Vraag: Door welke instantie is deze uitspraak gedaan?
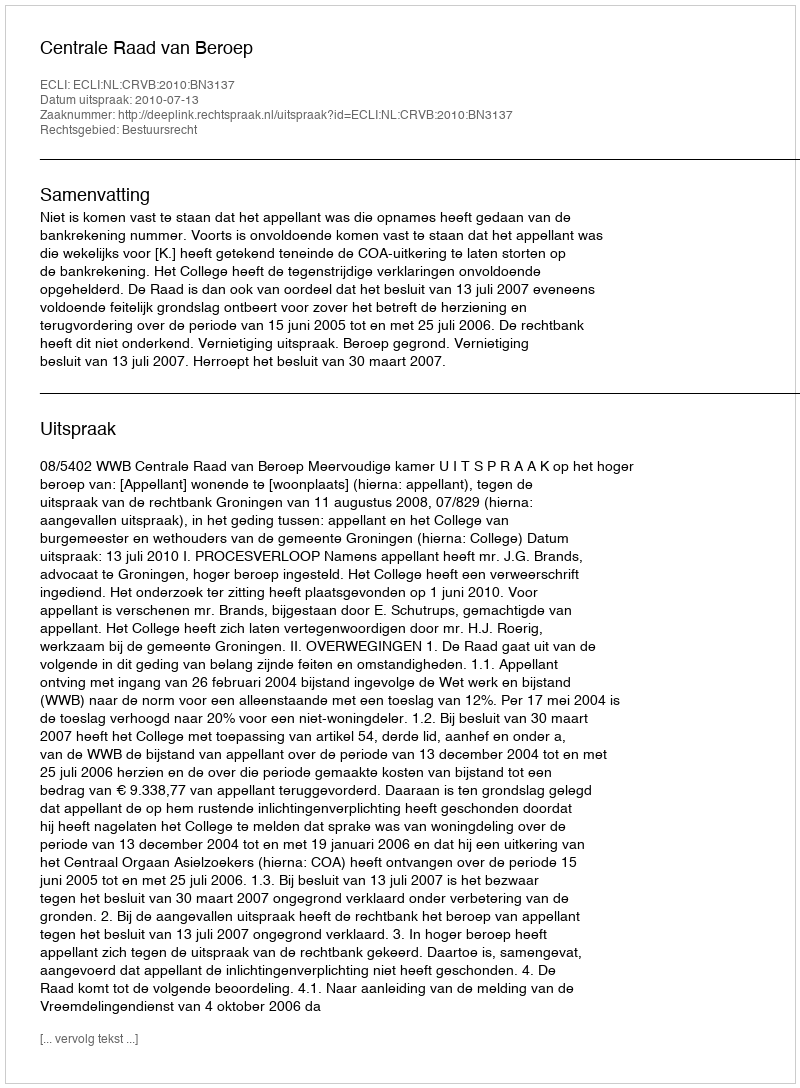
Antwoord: Centrale Raad van Beroep